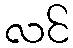
လင်